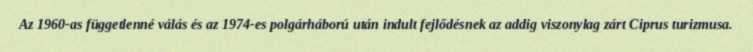
Az 1960-as függetlenné válás és az 1974-es polgárháború után indult fejlődésnek az addig viszonylag zárt Ciprus turizmusa.